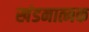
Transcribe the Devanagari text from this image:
खंडनात्मक